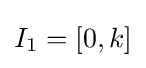
I_{1}=[0,k]